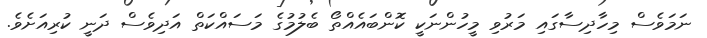
ނަމަވެސް މިހާދިސާގައި މަރުވި މީހުންނަކީ ކޮންބައެއްތޯ ބެލުމުގެ މަސައްކަތް އަދިވެސް ދަނީ ކުރިއަށެވެ.